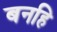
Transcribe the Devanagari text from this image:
बनहि